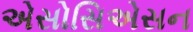
એસોસિએસન